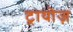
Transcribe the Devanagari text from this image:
ट्रायोज़